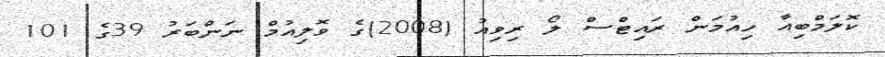
ކޮލަމްބިއާ ހިއުމަން ރައިޓްސް ލޯ ރިވިއު (2008)ގެ ވޮލިއުމް ނަންބަރު 39ގެ 101